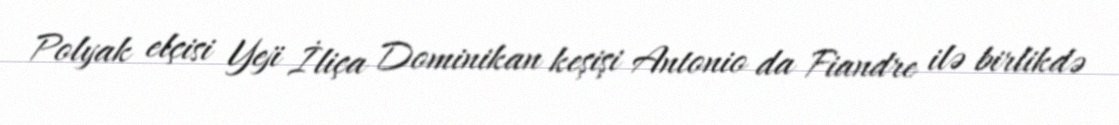
Polyak elçisi Yeji İliça Dominikan keşişi Antonio da Fiandre ilə birlikdə